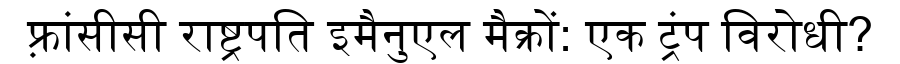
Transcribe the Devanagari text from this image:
फ़्रांसीसी राष्ट्रपति इमैनुएल मैक्रों: एक ट्रंप विरोधी?